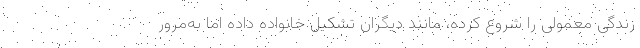
زندگی معمولی را شروع کرده، مانند دیگران تشکیل خانواده داده اما به‌مرور